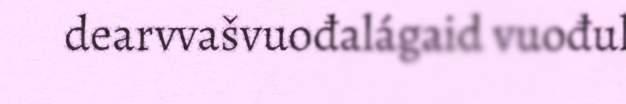
dearvvašvuođalágaid vuođul